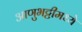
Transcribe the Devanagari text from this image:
आणुभट्टीमध्ये